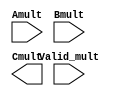
// Copyright 2020-2022 F4PGA Authors
//
// Licensed under the Apache License, Version 2.0 (the "License");
// you may not use this file except in compliance with the License.
// You may obtain a copy of the License at
//
//     http://www.apache.org/licenses/LICENSE-2.0
//
// Unless required by applicable law or agreed to in writing, software
// distributed under the License is distributed on an "AS IS" BASIS,
// WITHOUT WARRANTIES OR CONDITIONS OF ANY KIND, either express or implied.
// See the License for the specific language governing permissions and
// limitations under the License.
//
// SPDX-License-Identifier: Apache-2.0

(* blackbox *)
module qlal4s3_mult_32x32_cell (
    input  [31:0] Amult,
    input  [31:0] Bmult,
    input  [ 1:0] Valid_mult,
    output [63:0] Cmult
);

endmodule  /* qlal4s3_32x32_mult_cell */

(* blackbox *)
module qlal4s3_mult_16x16_cell (
    input  [15:0] Amult,
    input  [15:0] Bmult,
    input         Valid_mult,
    output [31:0] Cmult
);

endmodule  /* qlal4s3_16x16_mult_cell */


/* Verilog model of QLAL4S3 Multiplier */
/*qlal4s3_mult_cell*/
module signed_mult (
    A,
    B,
    Valid,
    C
);

  parameter WIDTH = 32;
  parameter CWIDTH = 2 * WIDTH;

  input [WIDTH-1:0] A, B;
  input Valid;
  output [CWIDTH-1:0] C;

  reg signed [WIDTH-1:0] A_q, B_q;
  wire signed [CWIDTH-1:0] C_int;

  assign C_int = A_q * B_q;
  assign valid_int = Valid;
  assign C = C_int;

  always @(*) if (valid_int == 1'b1) A_q <= A;

  always @(*) if (valid_int == 1'b1) B_q <= B;

endmodule


module qlal4s3_mult_cell_macro (
    Amult,
    Bmult,
    Valid_mult,
    sel_mul_32x32,
    Cmult
);

  input [31:0] Amult;
  input [31:0] Bmult;
  input [1:0] Valid_mult;
  input sel_mul_32x32;
  output [63:0] Cmult;

  wire [15:0] A_mult_16_0;
  wire [15:0] B_mult_16_0;
  wire [31:0] C_mult_16_0;
  wire [15:0] A_mult_16_1;
  wire [15:0] B_mult_16_1;
  wire [31:0] C_mult_16_1;
  wire [31:0] A_mult_32;
  wire [31:0] B_mult_32;
  wire [63:0] C_mult_32;
  wire        Valid_mult_16_0;
  wire        Valid_mult_16_1;
  wire        Valid_mult_32;


  assign Cmult           = sel_mul_32x32 ? C_mult_32 : {C_mult_16_1, C_mult_16_0};

  assign A_mult_16_0     = sel_mul_32x32 ? 16'h0 : Amult[15:0];
  assign B_mult_16_0     = sel_mul_32x32 ? 16'h0 : Bmult[15:0];
  assign A_mult_16_1     = sel_mul_32x32 ? 16'h0 : Amult[31:16];
  assign B_mult_16_1     = sel_mul_32x32 ? 16'h0 : Bmult[31:16];

  assign A_mult_32       = sel_mul_32x32 ? Amult : 32'h0;
  assign B_mult_32       = sel_mul_32x32 ? Bmult : 32'h0;

  assign Valid_mult_16_0 = sel_mul_32x32 ? 1'b0 : Valid_mult[0];
  assign Valid_mult_16_1 = sel_mul_32x32 ? 1'b0 : Valid_mult[1];
  assign Valid_mult_32   = sel_mul_32x32 ? Valid_mult[0] : 1'b0;

  signed_mult #(
      .WIDTH(16)
  ) u_signed_mult_16_0 (
      .A    (A_mult_16_0),  //I: 16 bits
      .B    (B_mult_16_0),  //I: 16 bits
      .Valid(Valid_mult_16_0),  //I
      .C    (C_mult_16_0)  //O: 32 bits
  );

  signed_mult #(
      .WIDTH(16)
  ) u_signed_mult_16_1 (
      .A    (A_mult_16_1),  //I: 16 bits
      .B    (B_mult_16_1),  //I: 16 bits
      .Valid(Valid_mult_16_1),  //I
      .C    (C_mult_16_1)  //O: 32 bits
  );

  signed_mult #(
      .WIDTH(32)
  ) u_signed_mult_32 (
      .A    (A_mult_32),  //I: 32 bits
      .B    (B_mult_32),  //I: 32 bits
      .Valid(Valid_mult_32),  //I
      .C    (C_mult_32)  //O: 64 bits
  );

endmodule
/*qlal4s3_mult_cell*/